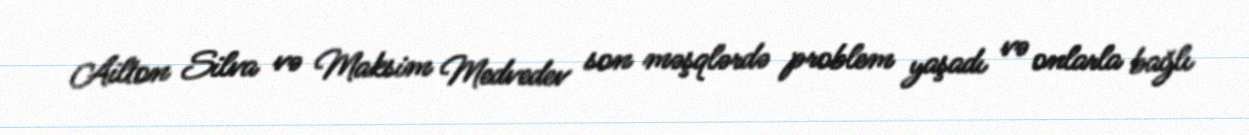
Ailton Silva və Maksim Medvedev son məşqlərdə problem yaşadı və onlarla bağlı